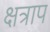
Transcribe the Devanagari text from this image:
क्षत्राप